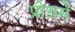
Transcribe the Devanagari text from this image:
प्रोग्रमे